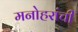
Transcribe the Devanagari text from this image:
मनोहरांची